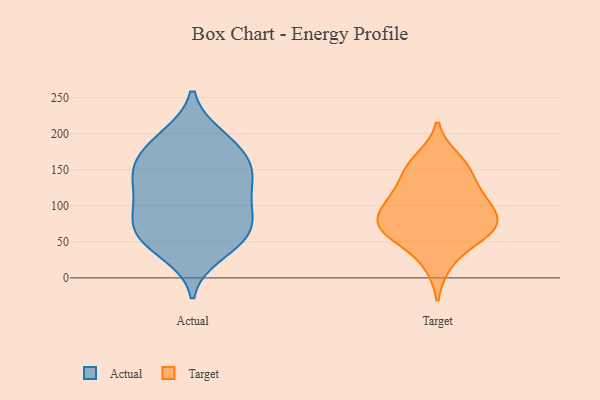
{"axis": {"x": "Population (Million)", "y": "Value"}, "legend": ["Actual", "Target"], "data": [{"x": "", "y": 106, "type": "Actual"}, {"x": "", "y": 136, "type": "Actual"}, {"x": "", "y": 183, "type": "Actual"}, {"x": "", "y": 47, "type": "Actual"}, {"x": "", "y": 166, "type": "Actual"}, {"x": "", "y": 158, "type": "Actual"}, {"x": "", "y": 151, "type": "Actual"}, {"x": "", "y": 146, "type": "Actual"}, {"x": "", "y": 33, "type": "Actual"}, {"x": "", "y": 95, "type": "Actual"}, {"x": "", "y": 72, "type": "Actual"}, {"x": "", "y": 84, "type": "Actual"}, {"x": "", "y": 109, "type": "Actual"}, {"x": "", "y": 54, "type": "Actual"}, {"x": "", "y": 57, "type": "Actual"}, {"x": "", "y": 133, "type": "Actual"}, {"x": "", "y": 197, "type": "Actual"}, {"x": "", "y": 67, "type": "Actual"}, {"x": "", "y": 194, "type": "Actual"}, {"x": "", "y": 59, "type": "Target"}, {"x": "", "y": 72, "type": "Target"}, {"x": "", "y": 164, "type": "Target"}, {"x": "", "y": 70, "type": "Target"}, {"x": "", "y": 147, "type": "Target"}, {"x": "", "y": 20, "type": "Target"}, {"x": "", "y": 114, "type": "Target"}, {"x": "", "y": 96, "type": "Target"}, {"x": "", "y": 151, "type": "Target"}, {"x": "", "y": 69, "type": "Target"}, {"x": "", "y": 98, "type": "Target"}, {"x": "", "y": 112, "type": "Target"}, {"x": "", "y": 64, "type": "Target"}]}